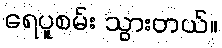
ရေပူစမ်း သွားတယ်။